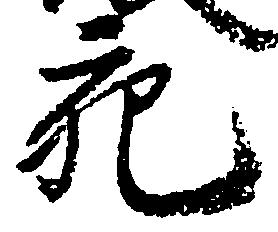
充